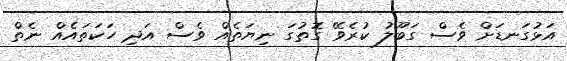
އަޅުގަނޑަށް ވެސް ގަބޫލު ކުރެވޭ ގޮތުގަ ނިޔަތެއް ވެސް އަދި ހަކަތައެއް ނެތް